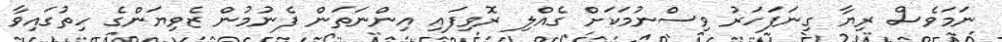
ނަމަވެސް ރިޔާ ގިނަފަހަރު ވިސްނުމަކަށް ގެއްލި ރޮވިފައި އިންނަތަން ފެނުމުން ޒެވިޔަންގެ ހިތުގައިވާ